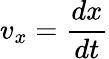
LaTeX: v_{x}={\frac{dx}{dt}}